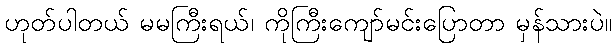
ဟုတ်ပါတယ် မမကြီးရယ်၊ ကိုကြီးကျော်မင်းပြောတာ မှန်သားပဲ။